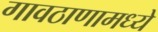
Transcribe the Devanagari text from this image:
गावठाणामध्ये